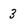
Character: 3